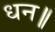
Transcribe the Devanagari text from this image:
धन॥